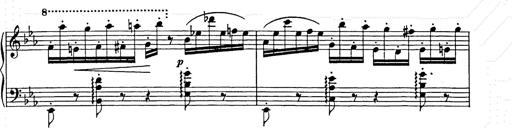
Title: Hungarian Rhapsody No.9
Composer: Franz Liszt
Key: E-flat major